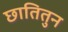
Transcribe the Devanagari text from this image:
छातितुन